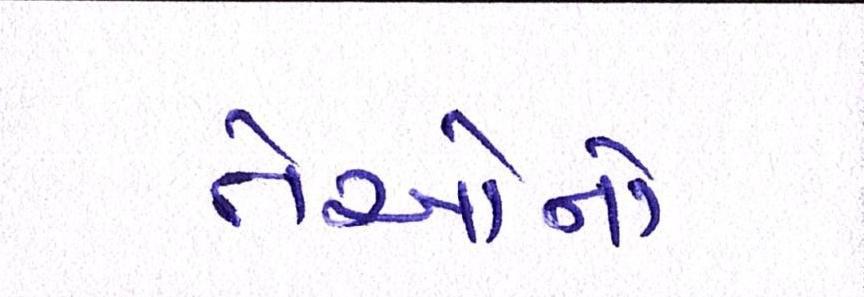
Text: તેઓનો